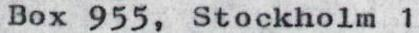
Box 955, Stockholm 1